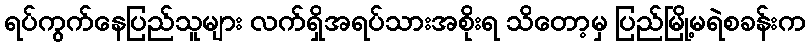
ရပ်ကွက်နေပြည်သူများ လက်ရှိအရပ်သားအစိုးရ သိတော့မှ ပြည်မြို့မရဲစခန်းက